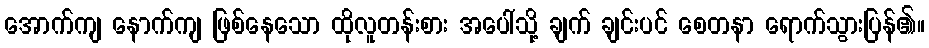
အောက်ကျ နောက်ကျ ဖြစ်နေသော ထိုလူတန်းစား အပေါ်သို့ ချက် ချင်းပင် စေတနာ ရောက်သွားပြန်၏။